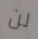
لن